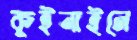
কুইনাইনে